Senior Leaving Certificate Examination (including Day School Certificate (Higher) General paper), 1946
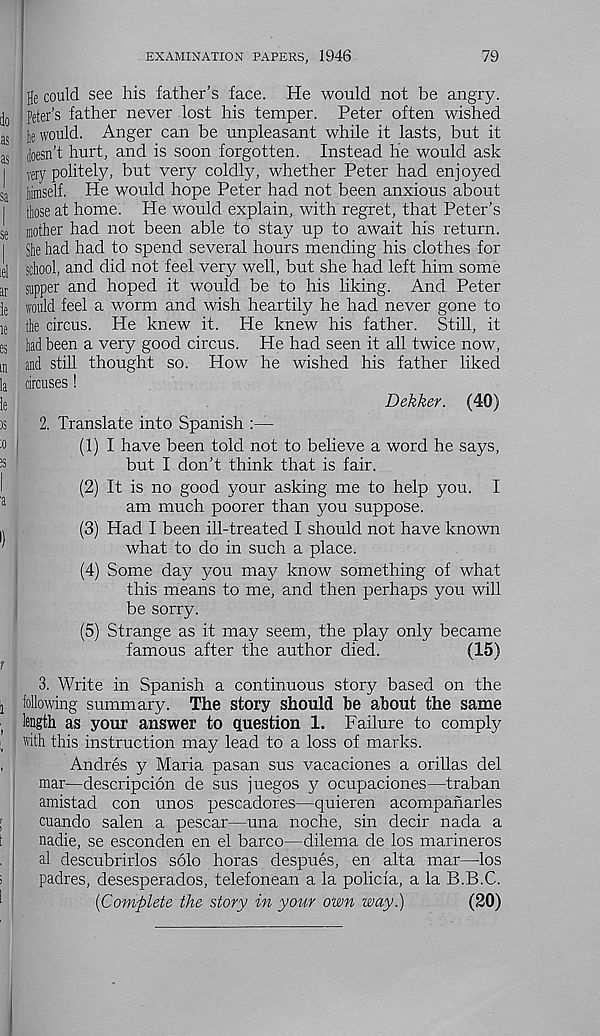
EXAMINATION PAPERS, 1946
79
do
as
:as
sa
se
id
ar
ie
le
es
in
la
le
as
:o
as
a
)
t
1
ge could see his father’s face. He would not be angry.
Peter’s father never lost his temper. Peter often wished
Pe would. Anger can be unpleasant while it lasts, but it
doesn’t hurt, and is soon forgotten. Instead he would ask
very politely, but very coldly, whether Peter had enjoyed
himself. He would hope Peter had not been anxious about
those at home. He would explain, with regret, that Peter’s
mother had not been able to stay up to await his return.
She had had to spend several hours mending his clothes for
school, and did not feel very well, but she had left him some
supper and hoped it would be to his liking. And Peter
would feel a worm and wish heartily he had never gone to
the circus. He knew it. He knew his father. Still, it
had been a very good circus. He had seen it all twice now,
and still thought so. How he wished his father liked
circuses !
Dekker. (40)
2. Translate into Spanish :—
(1) I have been told not to believe a word he says,
but I don’t think that is fair.
(2) It is no good your asking me to help you. I
am much poorer than you suppose.
(3) Had I been ill-treated I should not have known
what to do in such a place.
(4) Some day you may know something of what
this means to me, and then perhaps you will
be sorry.
(5) Strange as it may seem, the play only became
famous after the author died.
(15)
3. Write in Spanish a continuous story based on the
following summary. The story should be about the same
length as your answer to question 1. Failure to comply
with this instruction may lead to a loss of marks.
Andres y Maria pasan sus vacaciones a orillas del
mar—descripcion de sus juegos y ocupaciones—traban
amistad con unos Pescadores—quieren acompaharles
cuando salen a pescar—una noche, sin deck nada a
nadie, se esconden en el barco—dilema de los marineros
al descubrirlos solo horas despues, en alta mar—los
padres, desesperados, telefonean a la policia, a la B.B.C.
[Complete the story in your own way.)
(20)